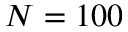
N = 1 0 0